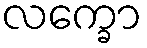
လက္ခော